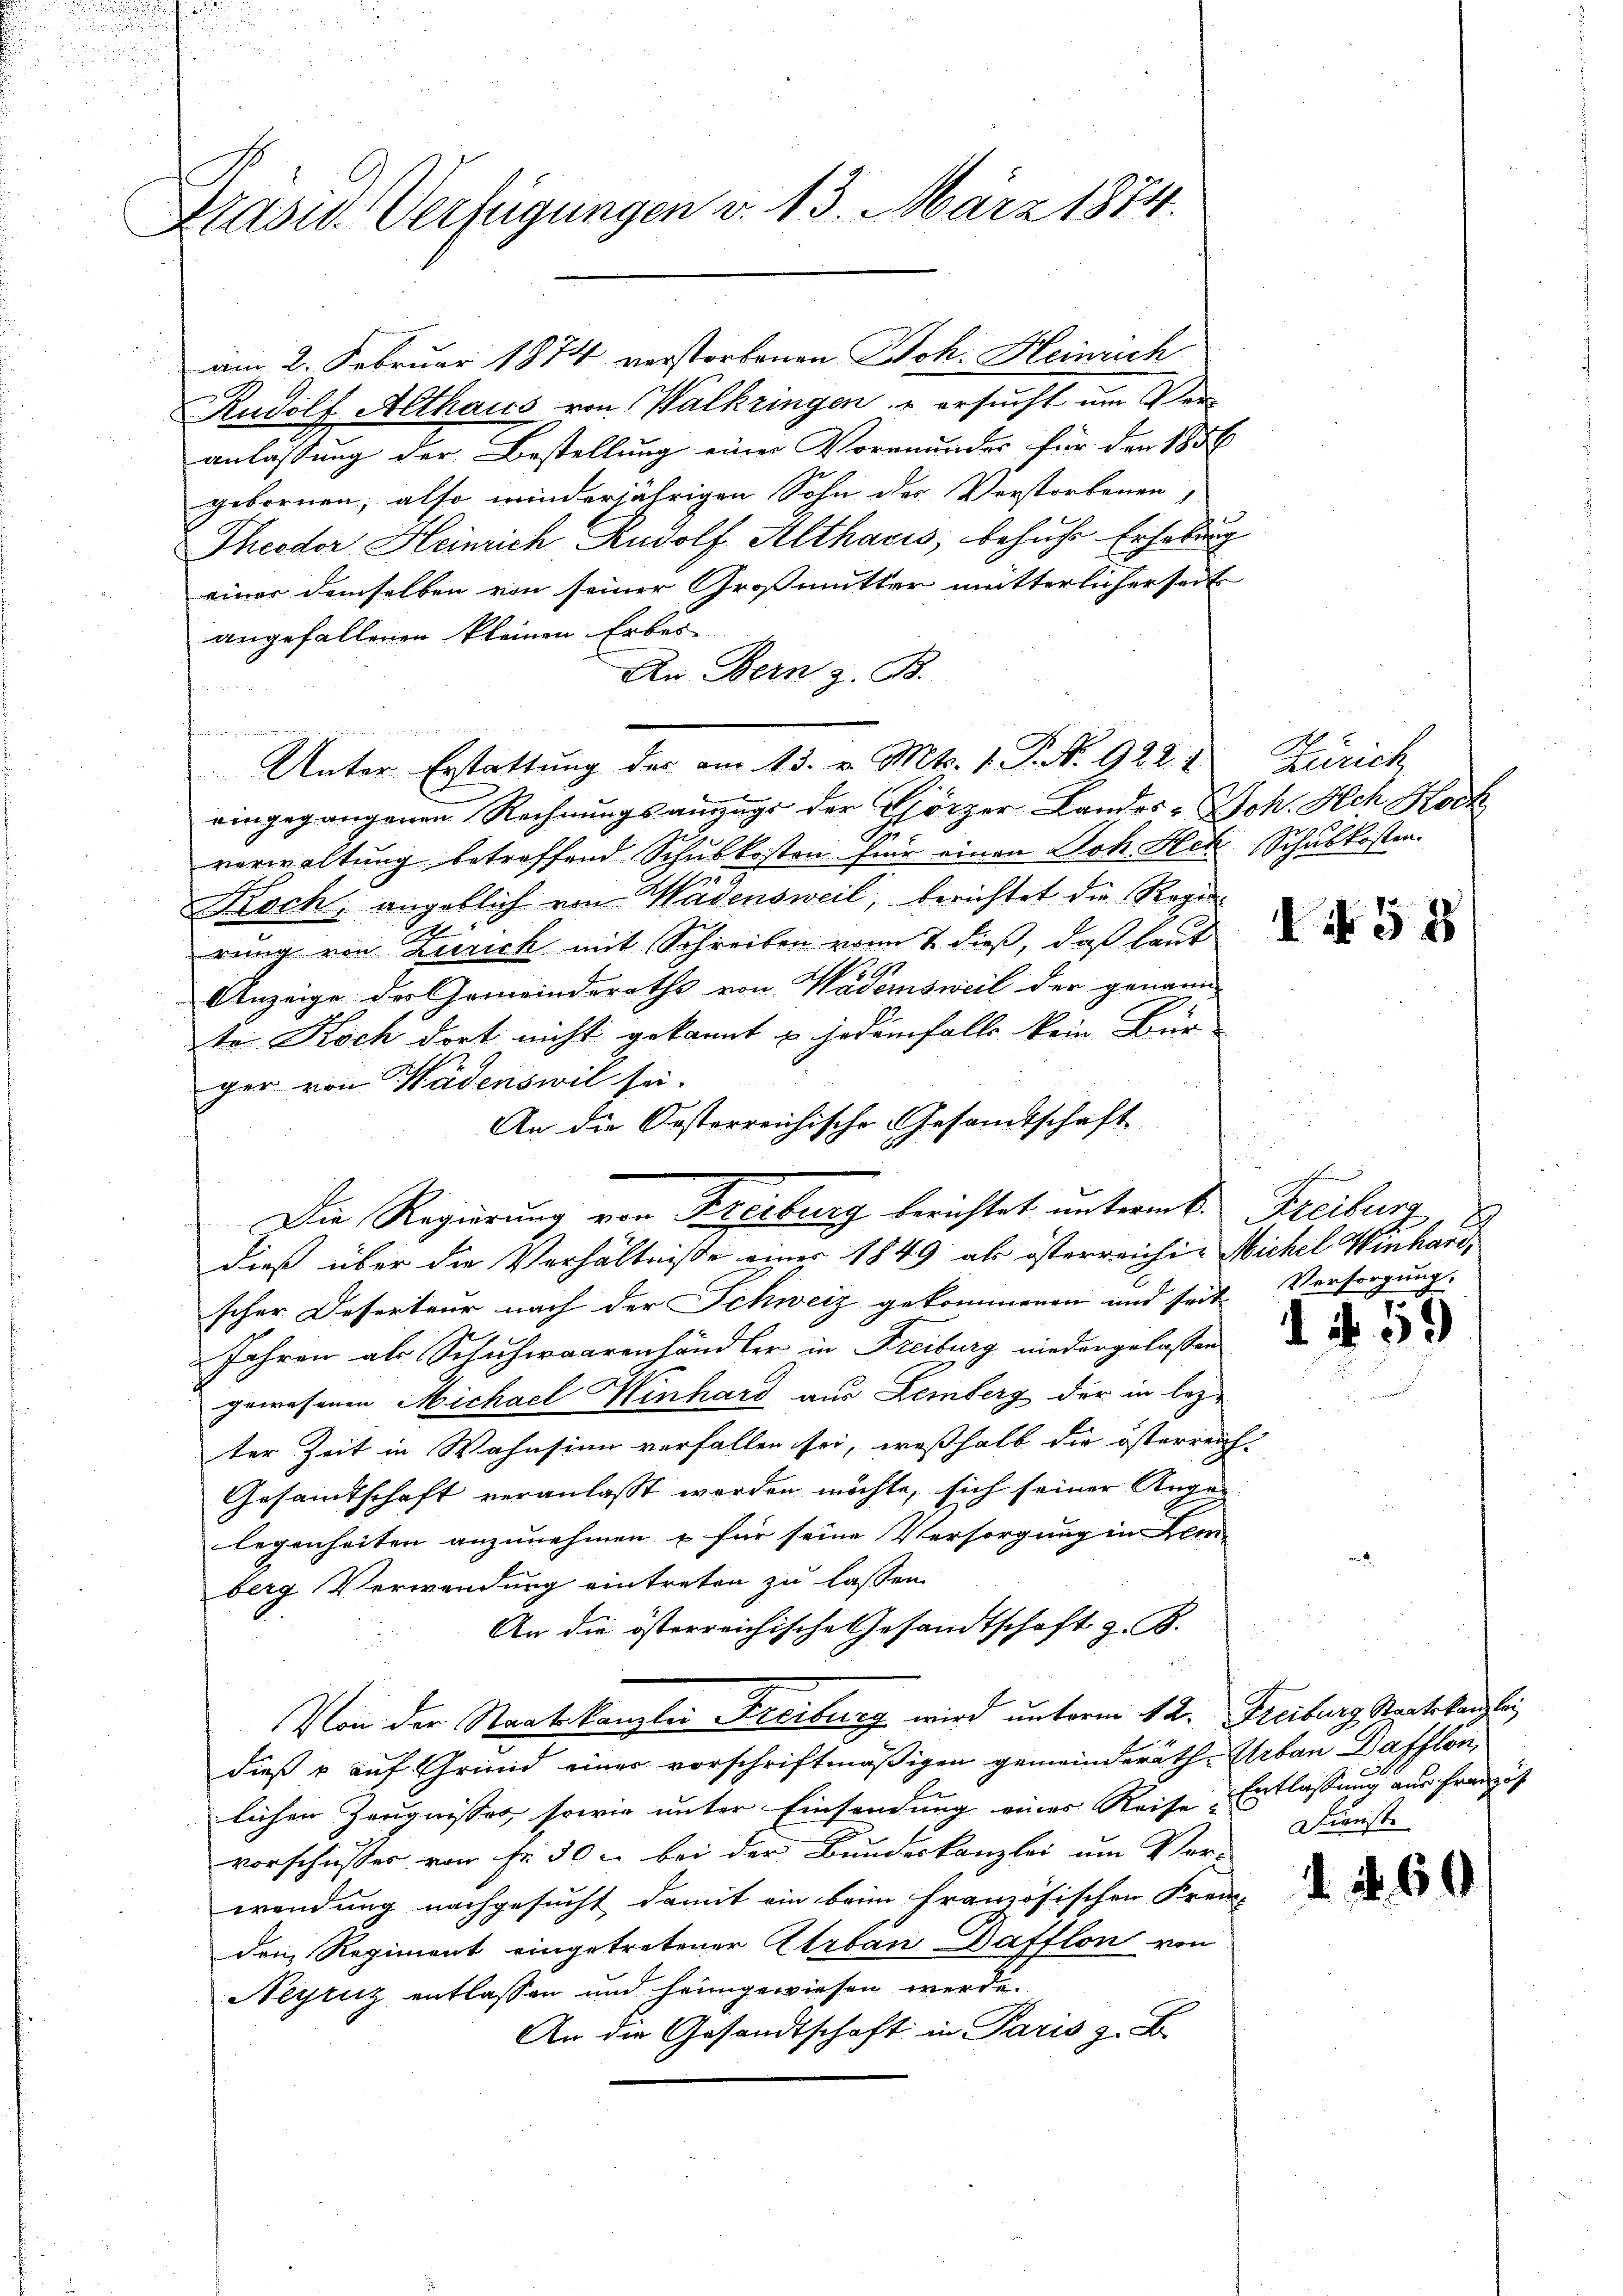
Brasid. Verfügungen v. 13. März 1874.

am 2. Februar 1874 verstorbenen Joh. Heinrich
Rudolf Althaus von Walkringen, u ersucht um Ver-
anlassung der Bestellung einer Vormundes für den 1856
gebornen, also winderjährigen Sohn des Verstorbenen
Theodor Heinrich Rudolf Althasis, behufe Erhebung
einer demselben von seiner Großmutter mutterlicherseit
angefallenen kleinen Erbes
An Bern z. B.
Unter Erstattung der am 13. v. Mts. 1. P. N. 922. 1
eingegangenen Rechnungsauszugs der Thörzer Landes Joh. Ach Hoch
verwaltung betreffend Schulkosten für einen Joh. Hch. Schulkosten
Koch, angeblich von Wädensweil, berichtet die Regie¬
E
rung von Zürich mit Schreiben vom 7. dieß, daß laut
Anzeige des Gemeinderaths von Wädensweil der genann
te Koch dort nicht gekannt u. jedenfalls kein Bür
ger von Hädenswil sei.
An die Oesterreichische Gesamtschaft
dieß über die Verhältniße einer 1849 als österreichi- Michel Winhardscher Deserteur nach der Schweiz gekommenen und seit |
Jahren als Schuhwaarenhändler in Freiburg niedergelassen
gewesenen Michael Winhard aus Lemberg der in lezter Zeit in Wahnsinn verfallen sei, wesshalb die österrei |
Gesamtschaft veranlaßt werden möchte, sich seiner Ange-
legenheiten anzunehmen u für seine Versorgung in Lem-
berg Verwendung eintreten zu lassen.
An die österreichische Gesandtschaft z. B.
Von der Staatskanzlei Freiburg wird unterm 12. Freiburg Staatskanzlei
dieß & auf Grund einer vorschriftmäßigen gemeinderäthlichen Zeugnisses sowie unter Einsendung eines Reise-
vorschiesses von Fr. 30 u. bei der Bundeskanzlei um Ver-
wendung nachgesucht damit ein beim französischen Frei-
den Regiment eingetretener ErbanBafflon von
Neyruz entlassen und heimgewiesen werde.
An die Gesandtschaft in Paris z. B.

finen

Die Regierung von Freiburg berichtet unteramt.

2

Zürich

IN 58

Freiburg
Versorgung.

d. d. 59

Erbau Bafflon,
Entlassung aus franzis
Dienste

1. f. 60